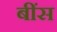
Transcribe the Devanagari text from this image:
बींस